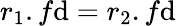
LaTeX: r_{1}.f\mathrm{d}=r_{2}.f\mathrm{d}